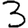
Digit: 3